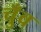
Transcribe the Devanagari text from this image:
चुँव